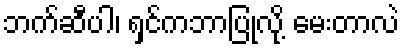
ဘက်ဆီပါ၊ ရှင်ကဘာပြုလို့ မေးတာလဲ